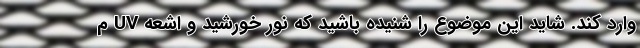
وارد کند. شاید این موضوع را شنیده باشید که نور خورشید و اشعه UV م